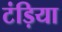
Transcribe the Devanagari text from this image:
टंड़िया